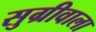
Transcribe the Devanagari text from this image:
सुग्रीवाला